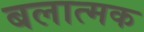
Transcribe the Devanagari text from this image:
बलात्मक